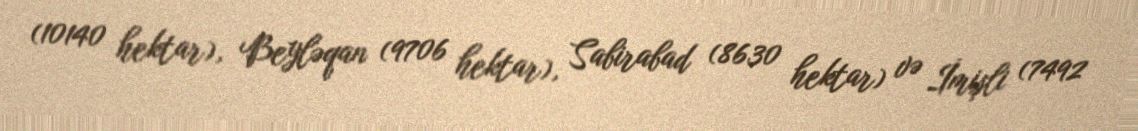
(10140 hektar), Beyləqan (9706 hektar), Sabirabad (8630 hektar) və İmişli (7492